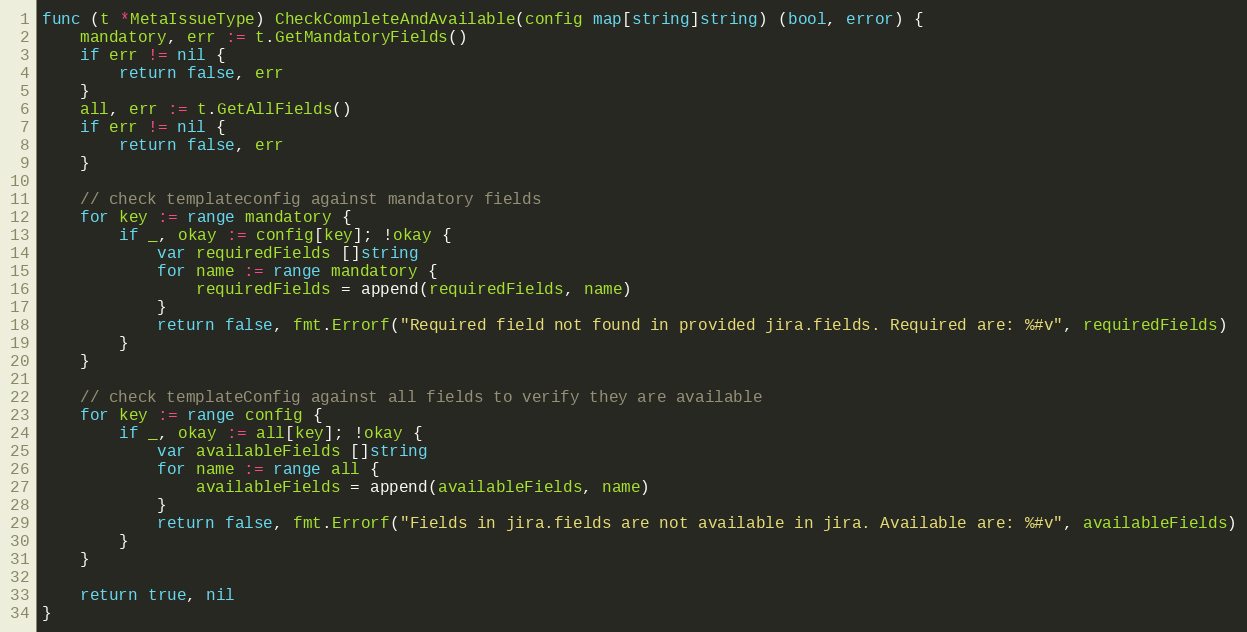
Language: Go
func (t *MetaIssueType) CheckCompleteAndAvailable(config map[string]string) (bool, error) {
	mandatory, err := t.GetMandatoryFields()
	if err != nil {
		return false, err
	}
	all, err := t.GetAllFields()
	if err != nil {
		return false, err
	}

	// check templateconfig against mandatory fields
	for key := range mandatory {
		if _, okay := config[key]; !okay {
			var requiredFields []string
			for name := range mandatory {
				requiredFields = append(requiredFields, name)
			}
			return false, fmt.Errorf("Required field not found in provided jira.fields. Required are: %#v", requiredFields)
		}
	}

	// check templateConfig against all fields to verify they are available
	for key := range config {
		if _, okay := all[key]; !okay {
			var availableFields []string
			for name := range all {
				availableFields = append(availableFields, name)
			}
			return false, fmt.Errorf("Fields in jira.fields are not available in jira. Available are: %#v", availableFields)
		}
	}

	return true, nil
}